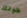
طولك